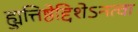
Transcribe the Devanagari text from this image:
ह्युत्तिष्ठेद्दिशेऽनत्वा